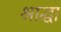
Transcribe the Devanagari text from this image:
श्राद्धा